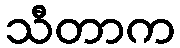
သီတာက